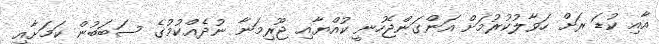
އާއި ކުޑަ ރަށް ހަވާލުކުރުމަށް އަންގަންޖެހުނީ ކުއްޔާއި ޖޫރިމަނާ ނުދެއްކުމުގެ ސަބަބުން ކަމަށާއި